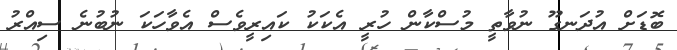
ބޮޑަށް އުދަނގޫ ނުވާތީ މުސްކާން ހުރީ އެކަކު ކައިރީވެސް އެވާހަކަ ނުބުނެ ސިއްރު